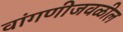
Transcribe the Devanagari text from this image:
वांगणीजवळील